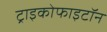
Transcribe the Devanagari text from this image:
ट्राइकोफाइटॉन